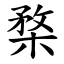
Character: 楘